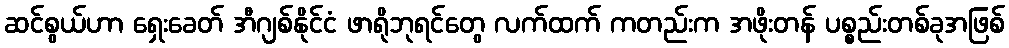
ဆင်စွယ်ဟာ ရှေးခေတ် အီဂျစ်နိုင်ငံ ဖာရိုဘုရင်တွေ လက်ထက် ကတည်းက အဖိုးတန် ပစ္စည်းတစ်ခုအဖြစ်